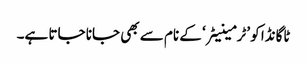
ٹاگانڈا کو ’ٹرمینیٹر‘ کے نام سے بھی جانا جاتا ہے۔